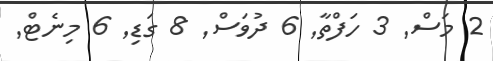
2 މަސް